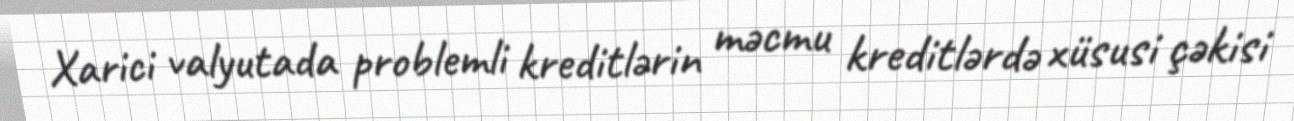
Xarici valyutada problemli kreditlərin məcmu kreditlərdə xüsusi çəkisi